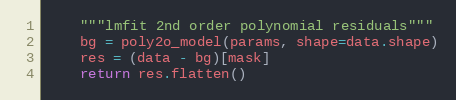
Language: Python
    """lmfit 2nd order polynomial residuals"""
    bg = poly2o_model(params, shape=data.shape)
    res = (data - bg)[mask]
    return res.flatten()